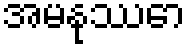
အမနုဿော